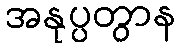
အနုပ္ပတွာန